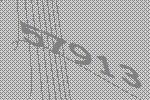
57913